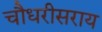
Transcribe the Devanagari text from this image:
चौधरीसराय